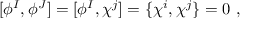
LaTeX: [ \phi ^ { I } , \phi ^ { J } ] = [ \phi ^ { I } , \chi ^ { j } ] = \{ \chi ^ { i } , \chi ^ { j } \} = 0 \ ,